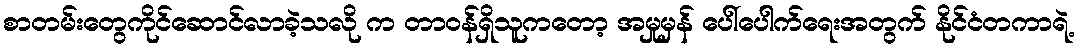
စာတမ်းတွေကိုင်ဆောင်လာခဲ့သလို က တာဝန်ရှိသူကတော့ အမှုမှန် ပေါ်ပေါက်ရေးအတွက် နိုင်ငံတကာရဲ့